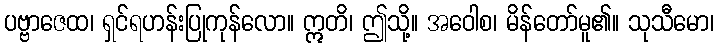
ပဗ္ဗာဇေထ၊ ရှင်ရဟန်းပြုကုန်လော။ ဣတိ၊ ဤသို့။ အဝေါစ၊ မိန်တော်မူ၏။ သုသီမော၊